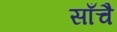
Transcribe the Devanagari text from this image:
साँचै